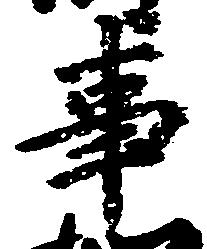
事